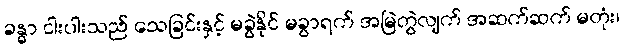
ခန္ဓာ ငါးပါးသည် သေခြင်းနှင့် မခွဲနိုင် မခွာရက် အမြဲတွဲလျက် အဆက်ဆက် မတုံး၊